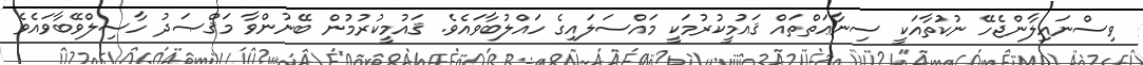
ވިސްނައިލާންޖެހޭ ނުކުތާއަކީ ސިނާޢަތްތައް ޤައުމީކުރުމަކީ މައްސަލައިގެ ހައްލުބާވައެވެ. ޤައުމީކުރުމުން ބޭނުންވާ މަޤްޞަދު ހާސިލްވޭބާވައެވެ